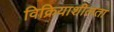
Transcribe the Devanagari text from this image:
विक्रियाशीलता